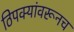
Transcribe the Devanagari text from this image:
ठिपक्यांवरूनच